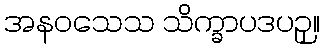
အနဝသေသ သိက္ခာပဒပဉှ။